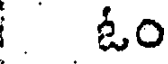
ఓం